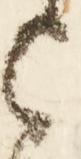
上